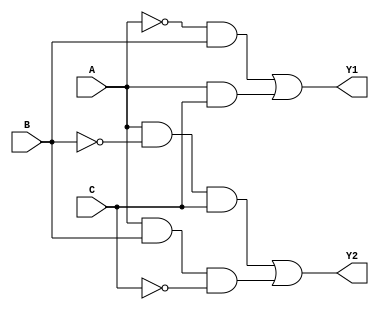
module combinational_logic(
    input wire A, // First input
    input wire B, // Second input
    input wire C, // Third input
    output wire Y1, // First output
    output wire Y2  // Second output
);

// Minimized Boolean expressions
// Assuming that Y1 = A'B + AC and Y2 = AB'C + ABC'

assign Y1 = (~A & B) | (A & C); // Y1 = A'B + AC
assign Y2 = (A & ~B & C) | (A & B & ~C); // Y2 = AB'C + ABC'

// Optional gate-level implementation:
// wire not_A, not_B, not_C;
// wire term1, term2;

// // NOT gates
// not(not_A, A);
// not(not_B, B);
// not(not_C, C);

// // AND gates for Y1
// and(term1, not_A, B); // A'B
// and(term2, A, C);     // AC

// // OR gate for Y1
// or(Y1, term1, term2); // Y1 = A'B + AC

// // AND gates for Y2
// wire term3, term4;
// and(term3, A, not_B, C); // AB'C
// and(term4, A, B, not_C); // ABC'

// // OR gate for Y2
// or(Y2, term3, term4); // Y2 = AB'C + ABC'

endmodule